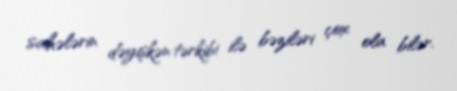
sahələrin dəyişkən tərkibi ilə bəziləri çox ola bilər.